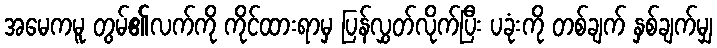
အမေကမူ တွမ်၏လက်ကို ကိုင်ထားရာမှ ပြန်လွှတ်လိုက်ပြီး ပခုံးကို တစ်ချက် နှစ်ချက်မျှ